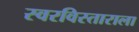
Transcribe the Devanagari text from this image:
स्वरविस्ताराला